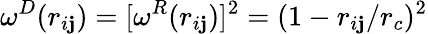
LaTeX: \omega^{D}(r_{i\mathbf{j}})=[\omega^{R}(r_{i\mathbf{j}})]^{2}=(1-r_{i\mathbf{j}}/r_{c})^{2}